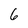
Character: 6